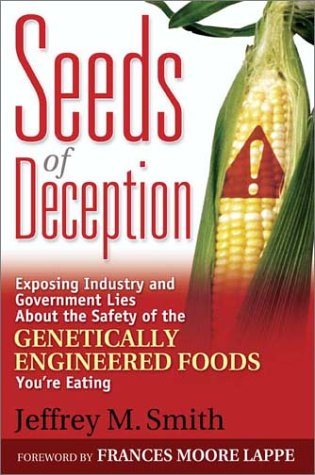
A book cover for Seeds of Deception:  Exposing Industry and Government Lies About the Safety of the Genetically Engineered Foods You're Eating; Jeffrey M. Smith; Engineering & Transportation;